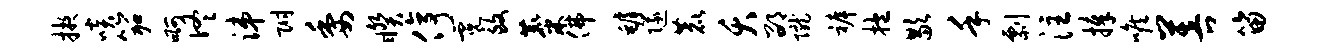
掖啖笳啊佟涕附委睽停霓致麋佛罅隧鹿夭邵陇裤抱歇手剽注捧喉菩笛